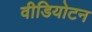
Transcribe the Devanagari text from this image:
वीडियोटन